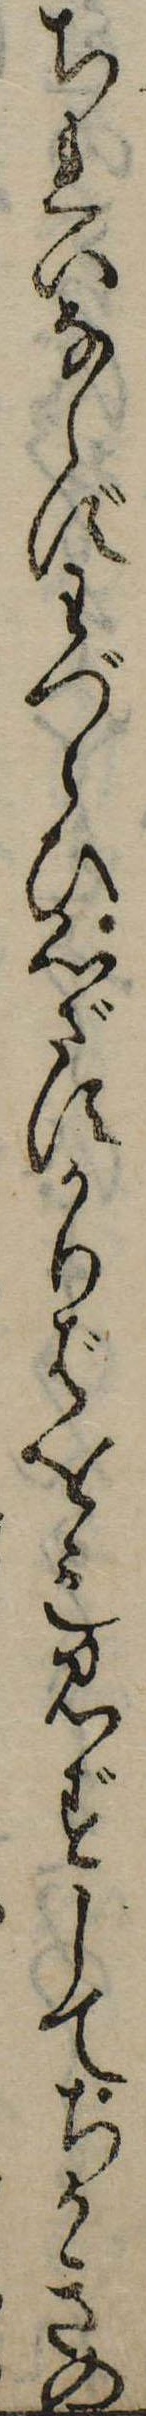
ちれいならずわづらひ心ざすかりばをも見ずしてちかきの